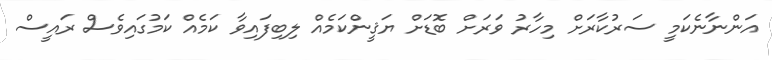
އަންނާނެކަމީ ސަރުކާރަށް މިހާރު ވަރަށް ބޮޑަށް ޔަޤީންކަމެއް ލިބިފައިވާ ކަމެއް ކަމުގައިވެސް ރައީސް